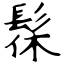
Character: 髹